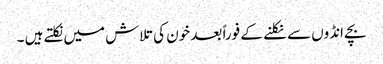
بچے انڈوں سے نکلنے کے فوراً بعد خون کی تلاش میں نکلتے ہیں ۔